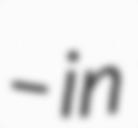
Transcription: – in